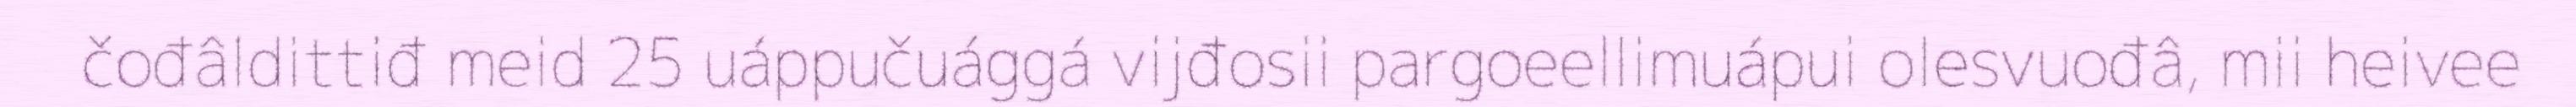
čođâldittiđ meid 25 uáppučuággá vijđosii pargoeellimuápui olesvuođâ, mii heivee